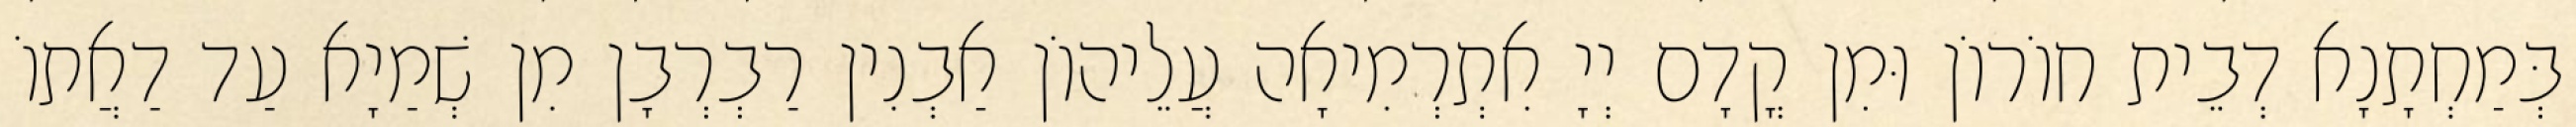
בְּמַחְתָנָא דְבֵית חוֹרוֹן וּמִן קֳדָם יְיָ אִתְרְמִיאָה עֲלֵיהוֹן אַבְנִין רַבְרְבָן מִן שְׁמַיָא עַד דַאֲתוֹ